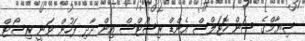
ސިޔާމްގެ ސަން ހޮޓަލްސް އެންޑް ރިސޯޓްސް އިން ދާދި ފަހުން ވަނީ ރިސޯޓް